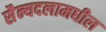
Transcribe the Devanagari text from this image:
सैन्यदलामधील